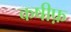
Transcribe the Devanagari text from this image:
कषीफ़